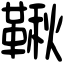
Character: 鞦